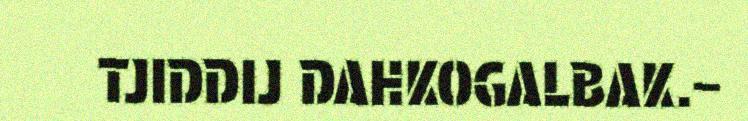
TJIDDIJ DAHKOGALBAK.–